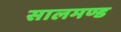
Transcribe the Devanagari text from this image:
सालमण्ड